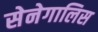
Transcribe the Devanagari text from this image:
सेनेगालिस